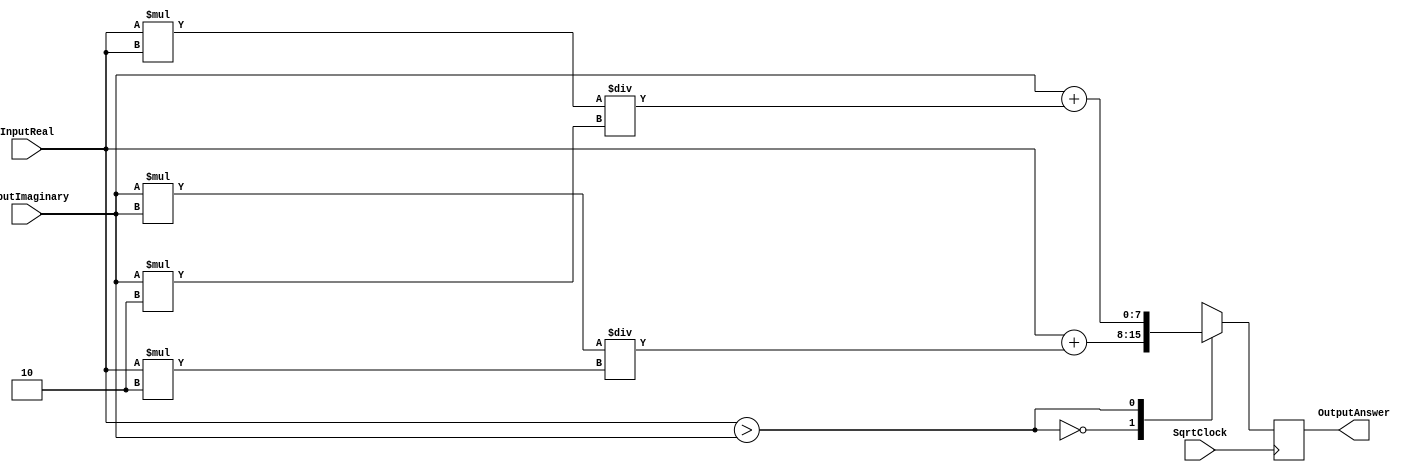
module BinomialSqrt(InputReal,InputImaginary,OutputAnswer,SqrtClock);
	parameter N=3'd7;
	parameter M=(N*TWO)+3'd1;
	parameter TWO=2'd2;
	input [N:0] InputReal;
	input [N:0] InputImaginary;
	input SqrtClock;
	output [N:0] OutputAnswer;

	reg [M:0] SquareStore;

	wire [N:0] InputReal;
	wire [N:0] InputImaginary;
	reg [N:0] OutputAnswer;
	
	always@(posedge SqrtClock)begin
		case(InputReal>InputImaginary)
			1'b0:begin
				SquareStore=InputImaginary*InputImaginary;
				OutputAnswer=InputReal+(SquareStore/(InputReal*TWO));
			end
			1'b1:begin
				SquareStore=InputReal*InputReal;
				OutputAnswer=InputImaginary+(SquareStore/(InputImaginary*TWO));
			end
		endcase
	end

endmodule